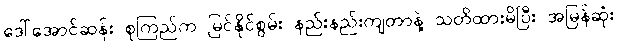
ဒေါ်အောင်ဆန်း စုကြည်က မြင်နိုင်စွမ်း နည်းနည်းကျတာနဲ့ သတိထားမိပြီး အမြန်ဆုံး